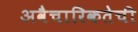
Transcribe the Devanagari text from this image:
अवैचारिकतेची